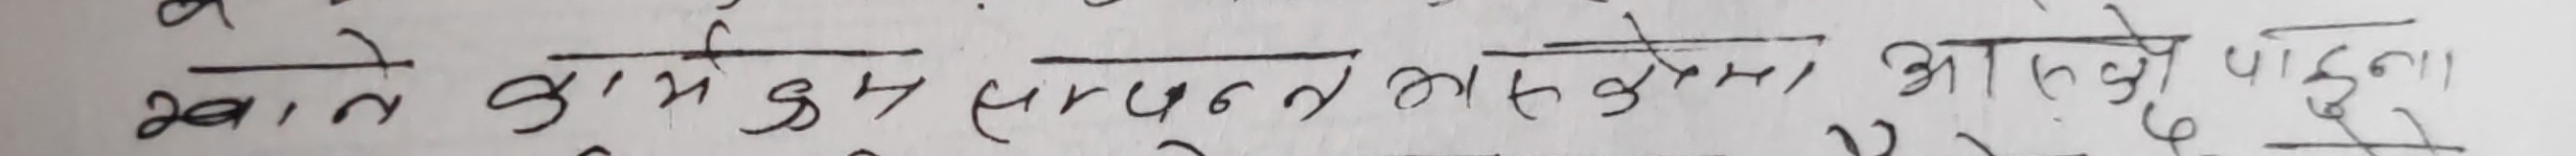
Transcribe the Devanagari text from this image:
खाते कामे कुन सबुत लगाउने भन्ने पर्छ।